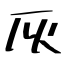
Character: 灰